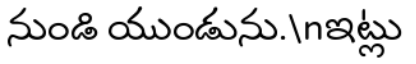
నుండి యుండును.\nఇట్లు